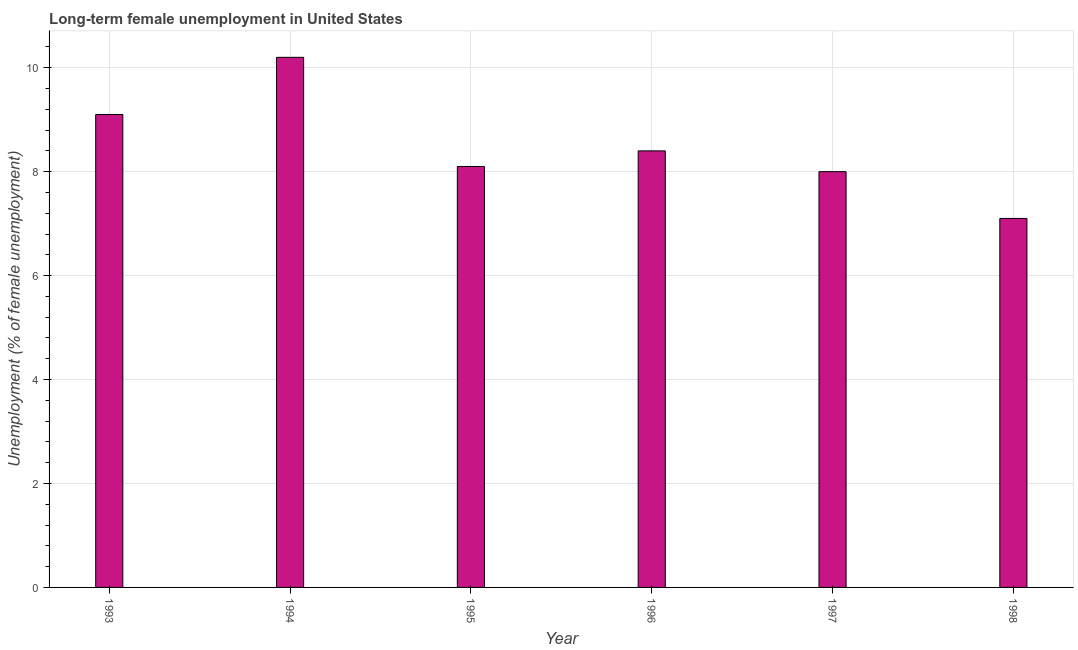
| Year | Long-term unemployment female |
 | --- | --- |
 | 1993 | 9.1 |
 | 1994 | 10.2 |
 | 1995 | 8.1 |
 | 1996 | 8.4 |
 | 1997 | 8 |
 | 1998 | 7.1 |